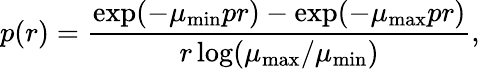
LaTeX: p(r)=\frac{\exp(-\mu_{\mathrm{min}}pr)-\exp(-\mu_{\mathrm{max}}pr)}{r\log(\mu_{\mathrm{max}}/\mu_{\mathrm{min}})},